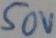
Text: 50V